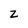
Character: Z